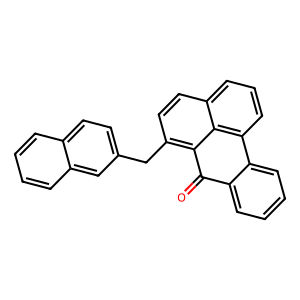
SMILES: O=C1c2ccccc2-c2cccc3ccc(Cc4ccc5ccccc5c4)c1c23
Inhibits HIV replication: No